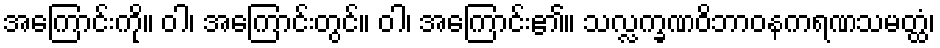
အကြောင်းကို။ ဝါ၊ အကြောင်းတွင်။ ဝါ၊ အကြောင်း၏။ သလ္လက္ခဏဝိဘာဝနကရဏသမတ္ထံ၊